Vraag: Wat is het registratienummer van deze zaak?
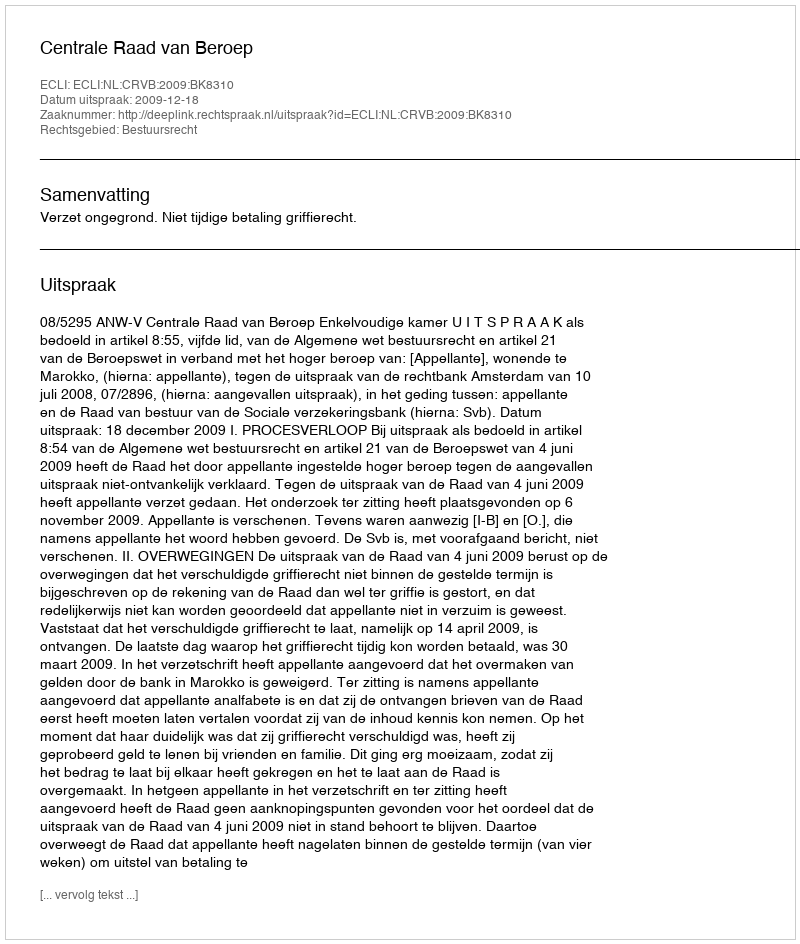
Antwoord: http://deeplink.rechtspraak.nl/uitspraak?id=ECLI:NL:CRVB:2009:BK8310